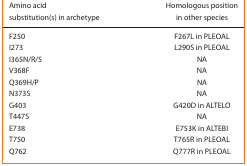
<table><thead><tr><td><b>Amino acid substitution(s) in archetype</b></td><td><b>Homologous position in other species</b></td></tr></thead><tbody><tr><td>F250</td><td>F267L in PLEOAL</td></tr><tr><td>I273</td><td>L290S in PLEOAL</td></tr><tr><td>I365N/R/S</td><td>NA</td></tr><tr><td>V368F</td><td>NA</td></tr><tr><td>Q369H/P</td><td>NA</td></tr><tr><td>N373S</td><td>NA</td></tr><tr><td>G403</td><td>G420D in ALTELO</td></tr><tr><td>T447S</td><td>NA</td></tr><tr><td>E738</td><td>E753K in ALTEBI</td></tr><tr><td>T750</td><td>T765R in PLEOAL</td></tr><tr><td>Q762</td><td>Q777R in PLEOAL</td></tr></tbody></table>